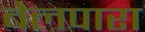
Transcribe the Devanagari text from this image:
बेलपारा